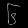
Digit: ၆